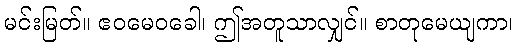
မင်းမြတ်။ ဧဝမေဝခေါ၊ ဤအတူသာလျှင်။ စာတုမေယျကာ၊